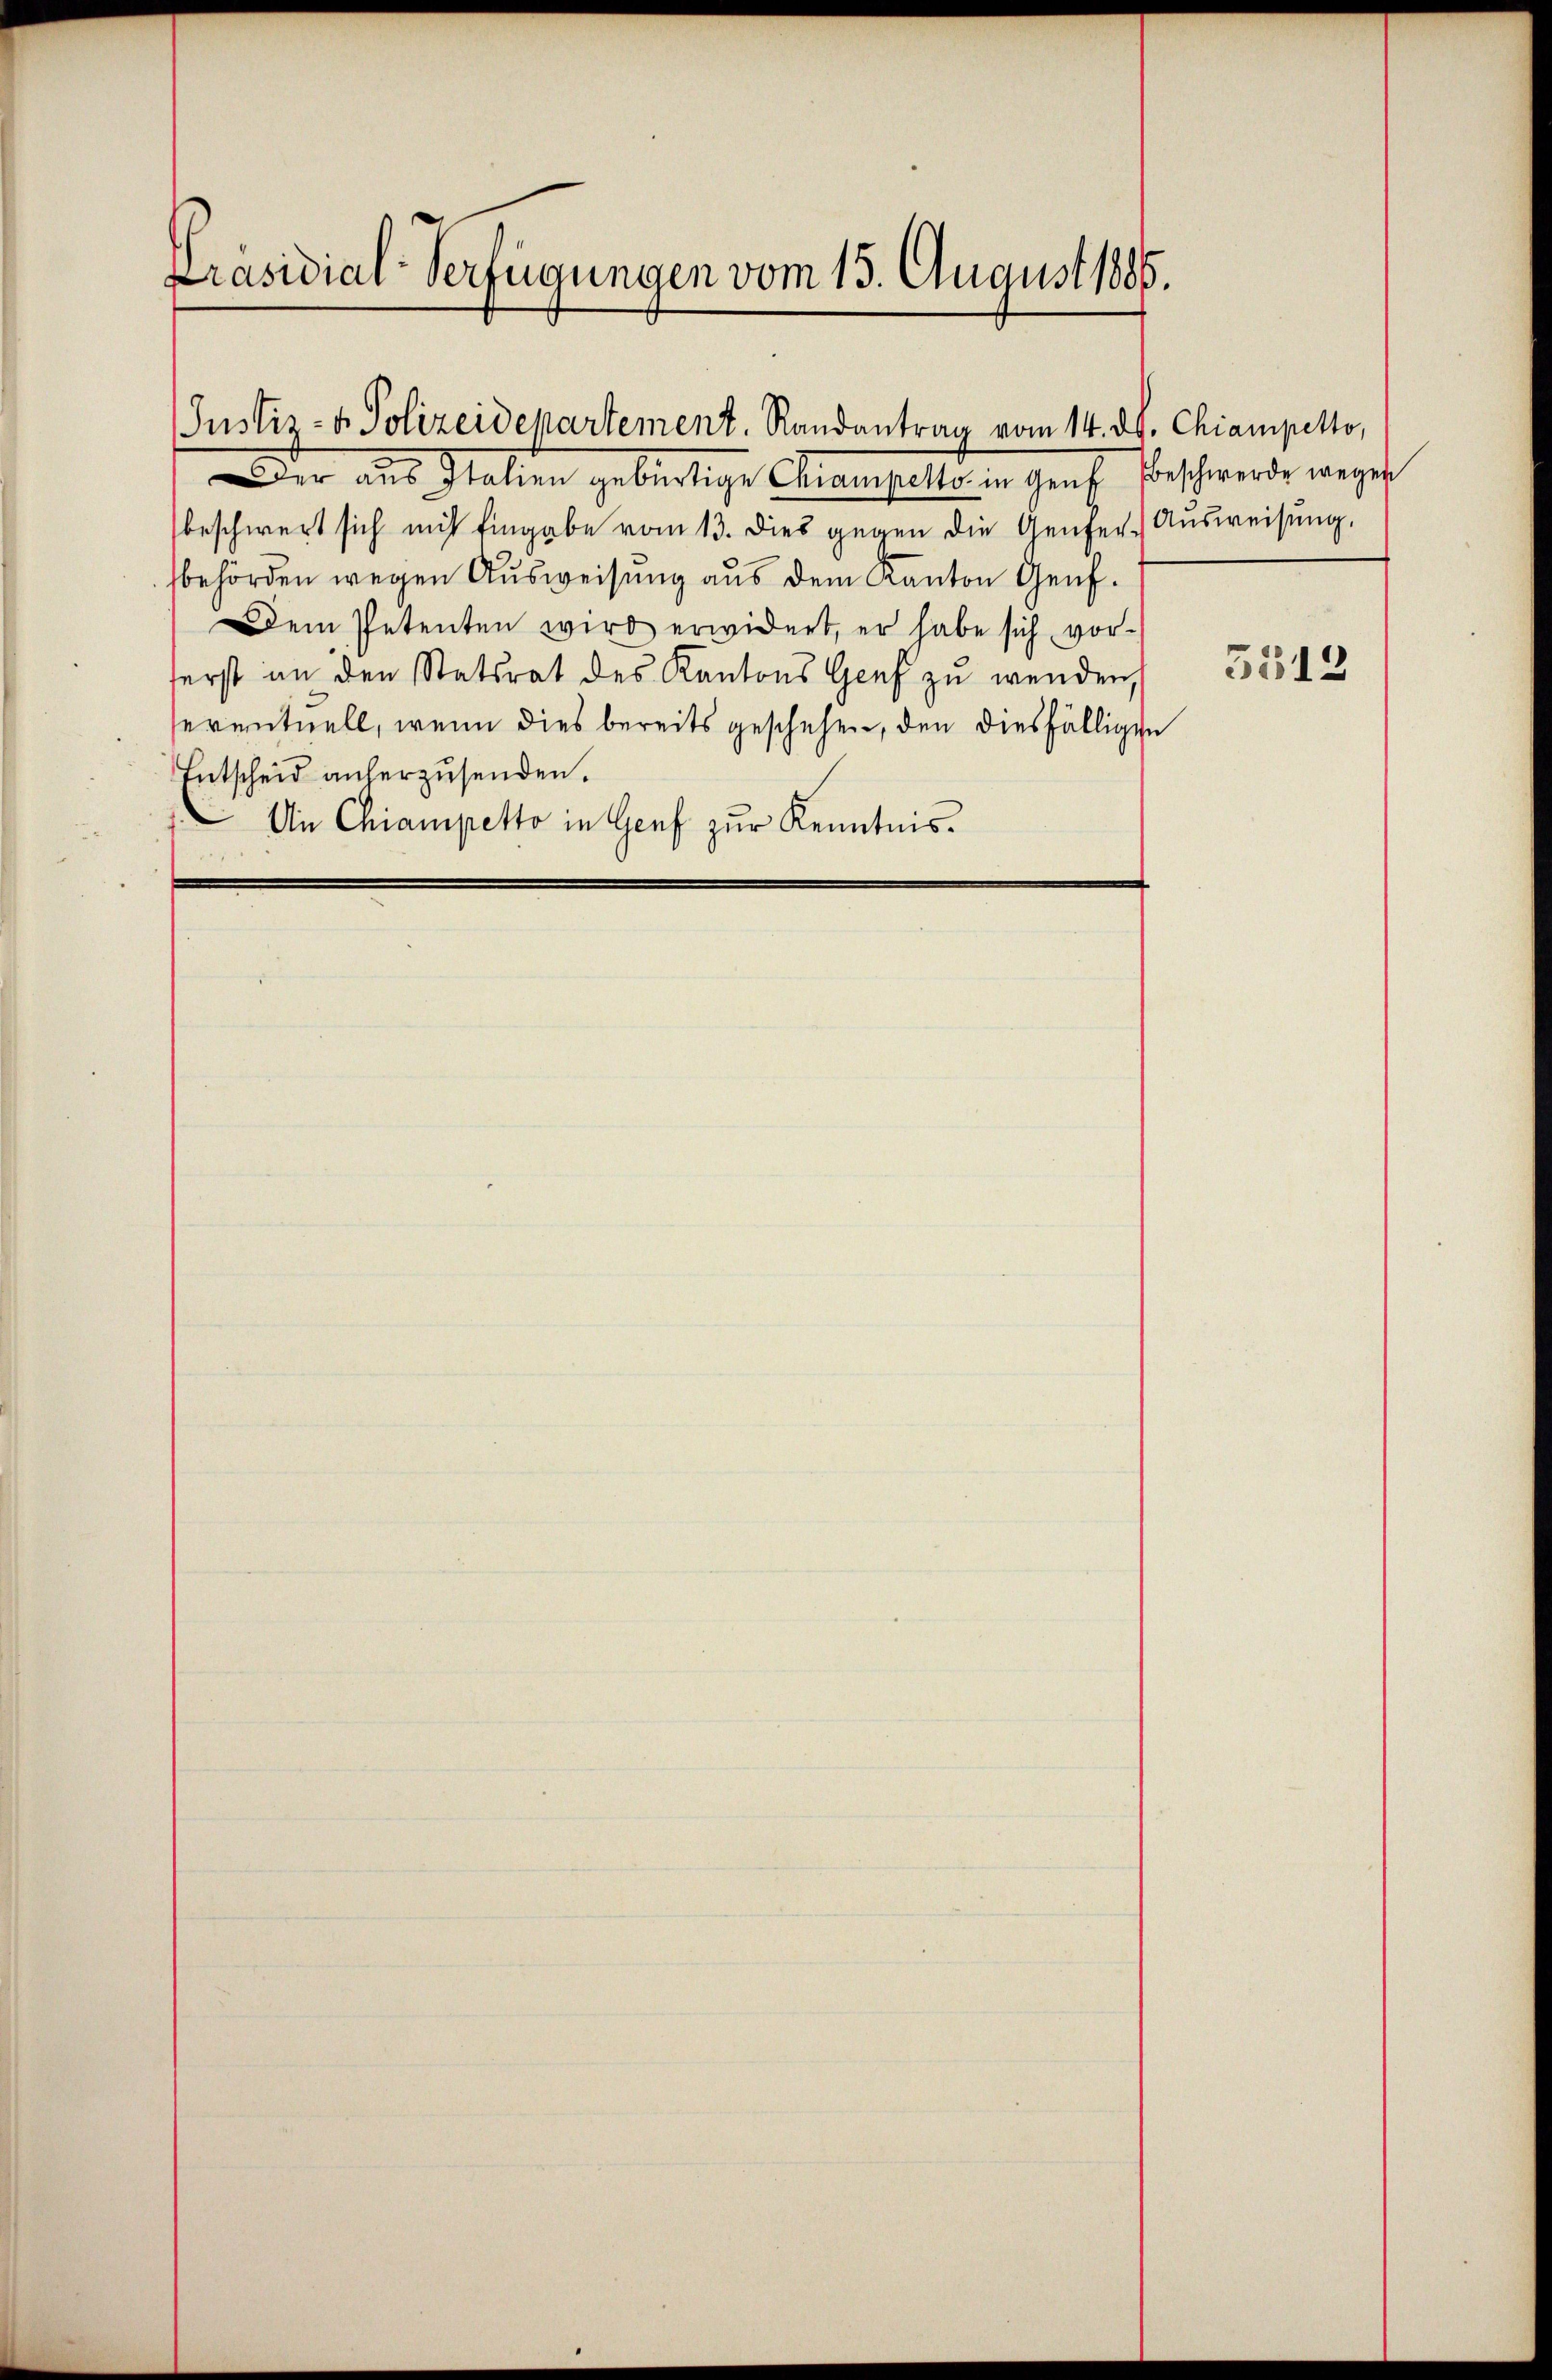
Präsidial-Verfügungen vom 15. August 1885.

Justiz- & Polizeidepartement. Randantrag vom 14. dh. Chianpetto,

Der aus Italien gebürtige Chiampelte in Genf beschwerde wegen
beschwert sich mich Eingabe vom 13. dies gegen die Genfer-Ausweisung.
behörden wegen Ausweisung aus dem Kanton Genf.
Dem Petenten wird erwidert, er habe sich vor-
ferst an den Statsrat des Kantons Genf zu wenden,
seventuell, wenn dies bereits geschehen, den diesfälligen
Entscheid anherzusenden.
An Chiampetto in Genf zur Kenntnis.

5512